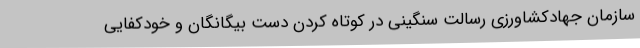
سازمان جهادکشاورزی رسالت سنگینی در کوتاه کردن دست بیگانگان و خودکفایی